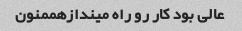
عالی بود کار رو‌ راه میندازهممنون